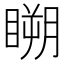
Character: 𥉮